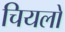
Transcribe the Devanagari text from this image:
चियलो